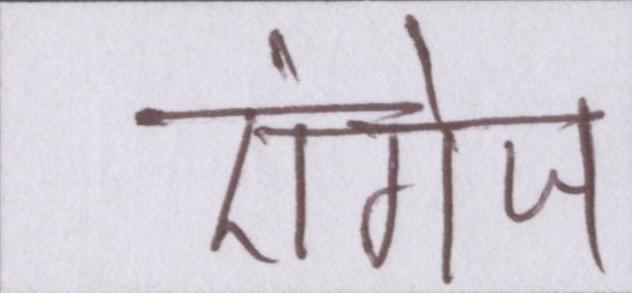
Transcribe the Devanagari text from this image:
एंगेज